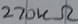
Text: 270kΩ